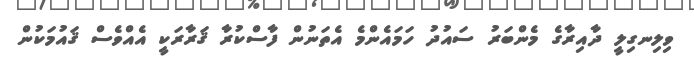
ވިލިނގިލީ ދާއިރާގެ މެންބަރު ސައުދު ހަމައެންމެ އެތަނުން ފާސްކުރާ ޤަރާރަކީ އެއްވެސް ޤައުމަކުން